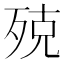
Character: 殑